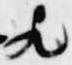
歟